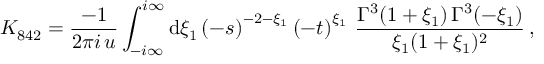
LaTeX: K _ { 8 4 2 } = \frac { - 1 } { 2 \pi i \, u } \int _ { - i \infty } ^ { i \infty } \mathrm { d } \xi _ { 1 } \left( - s \right) ^ { - 2 - \xi _ { 1 } } \left( - t \right) ^ { \xi _ { 1 } } \, \frac { \Gamma ^ { 3 } ( 1 + \xi _ { 1 } ) \, \Gamma ^ { 3 } ( - \xi _ { 1 } ) } { \xi _ { 1 } ( 1 + \xi _ { 1 } ) ^ { 2 } } \, ,